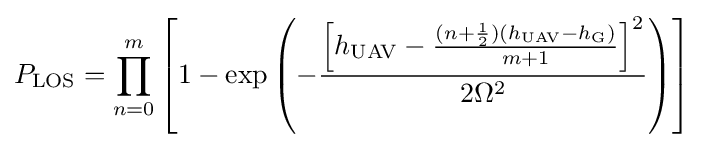
P_{\text{LOS}}=\prod _{n=0}^{m}\left[1-\exp \left(-{\frac {\left[h_{\text{UAV}}-{\frac {(n+{\frac {1}{2}})(h_{\text{UAV}}-h_{\text{G}})}{m+1}}\right]^{2}}{2\Omega ^{2}}}\right)\right]